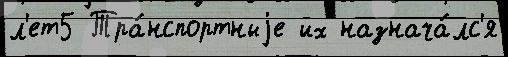
л'ет5 Тра́нспортныjе их назнача́лс'я